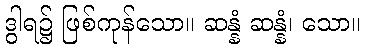
ဒွါရ၌ ဖြစ်ကုန်သော။ ဆန္နံ ဆန္နံ၊ သော။